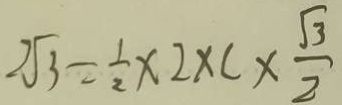
2 \sqrt { 3 } = \frac { 1 } { 2 } \times 2 \times C \times \frac { \sqrt { 3 } } { 2 }